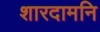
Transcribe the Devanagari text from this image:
शारदामनि